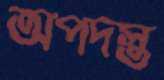
অপদস্ত